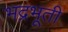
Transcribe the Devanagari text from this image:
भद्रभूती